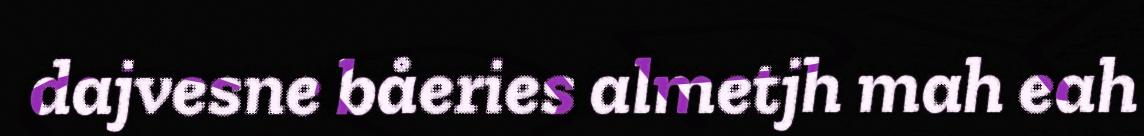
dajvesne båeries almetjh mah eah